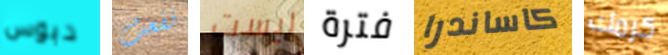
دبوس نفعت ليست فترة كاساندرا كرمك